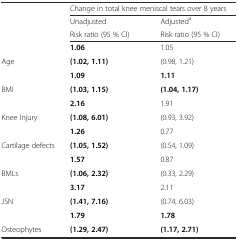
|  | <COLSPAN=2> Change in total knee meniscal tears over 8 years |
 | <ROWSPAN=2>  | Unadjusted | Adjusteda |
 | Risk ratio (95 % CI) | Risk ratio (95 % CI) |
 | --- | --- | --- |
 |  | 1.06 | 1.05 |
 | Age | (1.02, 1.11) | (0.98, 1.21) |
 |  | 1.09 | 1.11 |
 | BMI | (1.03, 1.15) | (1.04, 1.17) |
 |  | 2.16 | 1.91 |
 | Knee Injury | (1.08, 6.01) | (0.93, 3.92) |
 |  | 1.26 | 0.77 |
 | Cartilage defects | (1.05, 1.52) | (0.54, 1.09) |
 |  | 1.57 | 0.87 |
 | BMLs | (1.06, 2.32) | (0.33, 2.29) |
 |  | 3.17 | 2.11 |
 | JSN | (1.41, 7.16) | (0.74, 6.03) |
 |  | 1.79 | 1.78 |
 | Osteophytes | (1.29, 2.47) | (1.17, 2.71) |